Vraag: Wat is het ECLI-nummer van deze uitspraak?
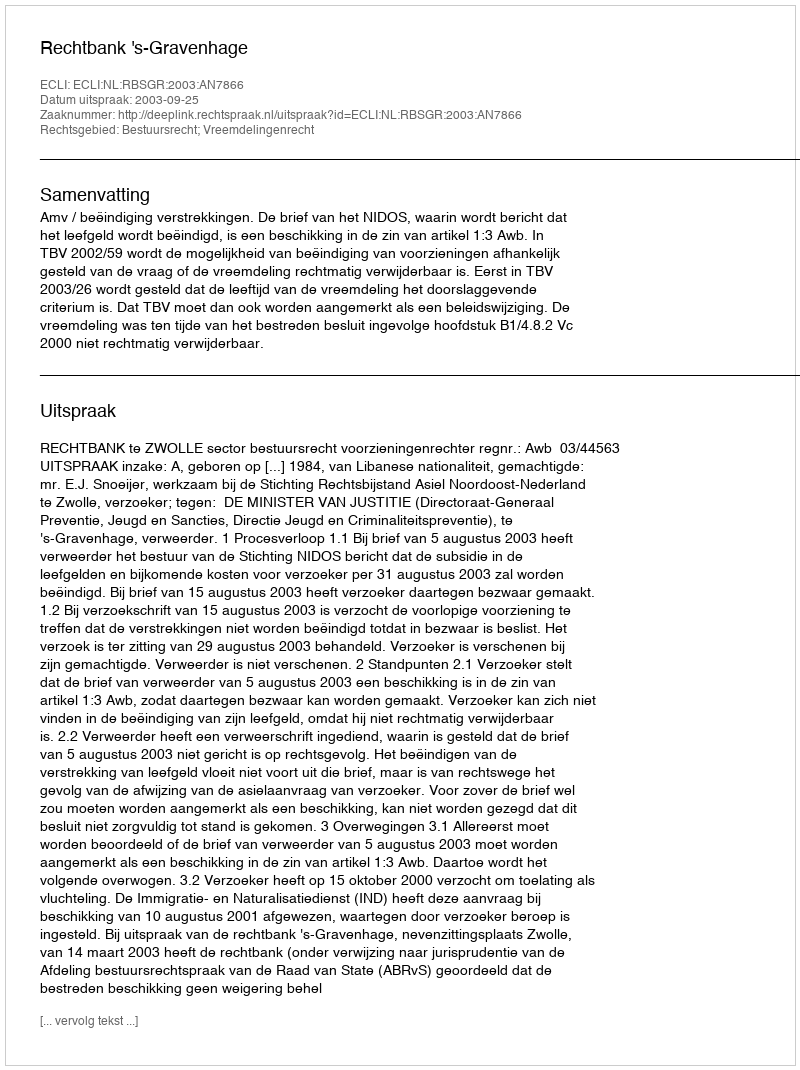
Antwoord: ECLI:NL:RBSGR:2003:AN7866